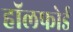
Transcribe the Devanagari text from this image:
हॉलफोर्ड